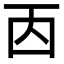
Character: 㐁